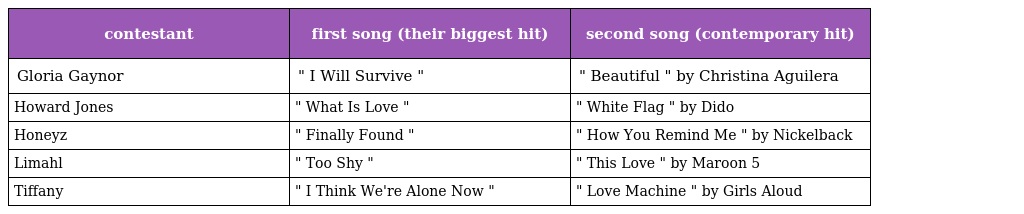
| contestant | first song (their biggest hit) | second song (contemporary hit) |
 | --- | --- | --- |
 | Gloria Gaynor | " I Will Survive " | " Beautiful " by Christina Aguilera |
 | Howard Jones | " What Is Love " | " White Flag " by Dido |
 | Honeyz | " Finally Found " | " How You Remind Me " by Nickelback |
 | Limahl | " Too Shy " | " This Love " by Maroon 5 |
 | Tiffany | " I Think We're Alone Now " | " Love Machine " by Girls Aloud |